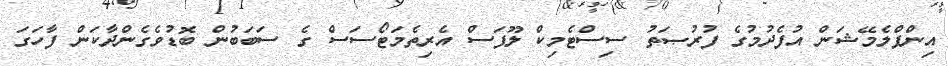
އިންފްލެމޭޝަން އުފެދުމުގެ ފުރުޞަތު ސިސްޓެމިކް ލޫޕަސް އެރިތެމަޓޯސަސް ގެ ސަބަބުން ބޮޑުވެގެންދާކަން ފާހަގަ